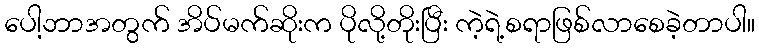
ပေါ့ဘာအတွက် အိပ်မက်ဆိုးက ပိုလို့တိုးပြီး ကဲ့ရဲ့စရာဖြစ်လာစေခဲ့တာပါ။